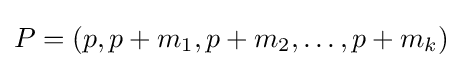
P=(p,p+m_{1},p+m_{2},\ldots ,p+m_{k})